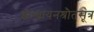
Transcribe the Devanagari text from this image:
शांखायनश्रौतसूत्र